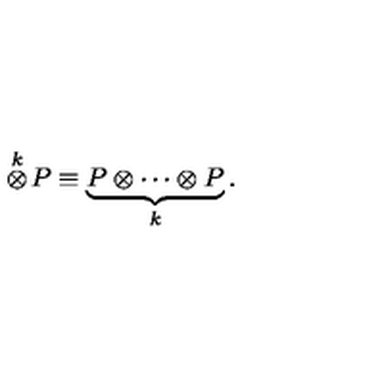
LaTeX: \stackrel { k } { \otimes } \! P \equiv \underbrace { P \otimes \cdots \otimes P } _ { k } .